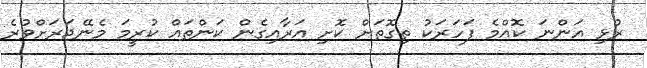
ރުޅި އަންނަ ކޮއްމެ ފަހަރަކު ތިގޮތަށް ކޮށި އަރާއިގެން ކަންތައް ކުރީމަ މެނޭޖަރަށްވުރެ